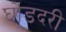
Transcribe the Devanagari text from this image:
घोडदरी